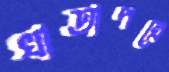
খাতাপত্রে